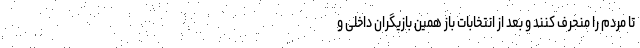
تا مردم را منحرف کنند و بعد از انتخابات باز همین بازیگران داخلی و